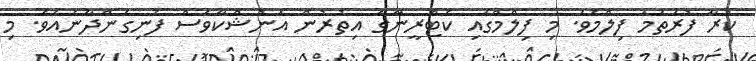
ކުރާ ފުރަތަމަ ފިލްމެވެ. މި ފިލްމްގައި ކެޓްރީނާގެ އިތުރުން އަނުޝްކާވެސް ފެނިގެންދާނެއެވެ. މި